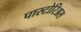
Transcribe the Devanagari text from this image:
पास्टोरिअस